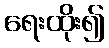
ရေးထိုး၍